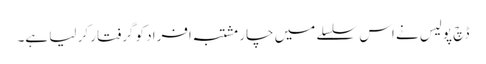
ڈچ پولیس نے اس سلسلے میں چار مشتبہ افراد کو گرفتار کر لیا ہے۔